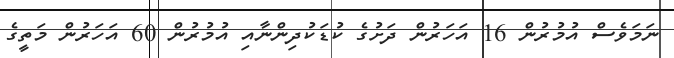
ނަމަވެސް އުމުރުން 16 އަހަރުން ދަށުގެ ކުޑަކުދިންނާއި އުމުރުން 60 އަހަރުން މަތީގެ